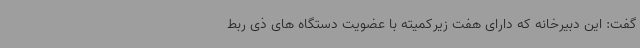
گفت: این دبیرخانه که دارای هفت زیرکمیته با عضویت دستگاه های ذی ربط